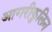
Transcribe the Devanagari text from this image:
आगरीकुलिन